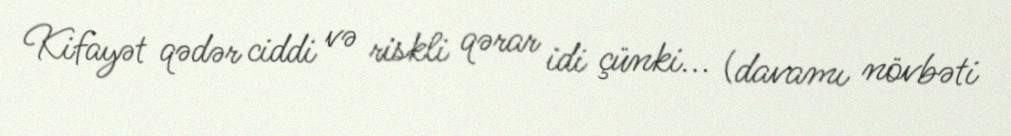
Kifayət qədər ciddi və riskli qərar idi çünki... (davamı növbəti